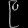
Digit: ၉